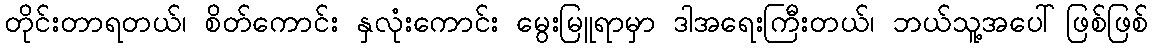
တိုင်းတာရတယ်၊ စိတ်ကောင်း နှလုံးကောင်း မွေးမြူရာမှာ ဒါအရေးကြီးတယ်၊ ဘယ်သူ့အပေါ်ဖြစ်ဖြစ်